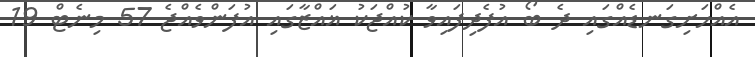
އެއްހަށިގަނޑެއްގައި ދެ ބޯ އުފެދިފައިވާ ކުއްޖަކު ޣައްޒާގައި އުފަންވެއްޖެ 57 މިނެޓް 19